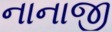
નાનાજી